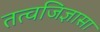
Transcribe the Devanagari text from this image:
तत्वजिज्ञासा